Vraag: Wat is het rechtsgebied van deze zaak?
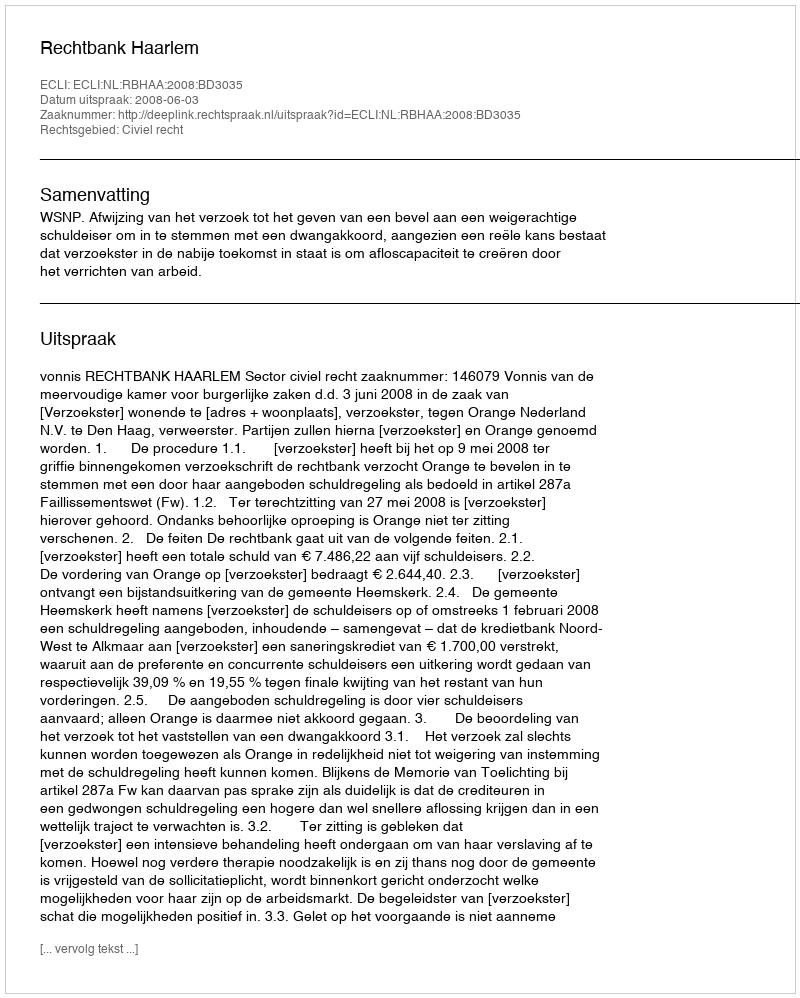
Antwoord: Civiel recht